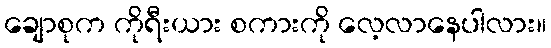
ချောစုက ကိုရီးယား စကားကို လေ့လာနေပါလား။